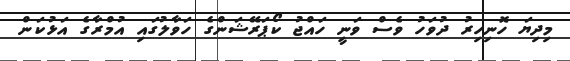
މިދިޔަ ހޮނިހިރު ދުވަހު ވެސް ވަނީ ހައްޖު ކޯޕަރޭޝަންގެ ހަވާލުގައި އުމްރާގެ އަޅުކަން